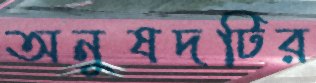
অনুষদটির